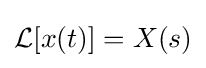
{\mathcal {L}}[x(t)]=X(s)